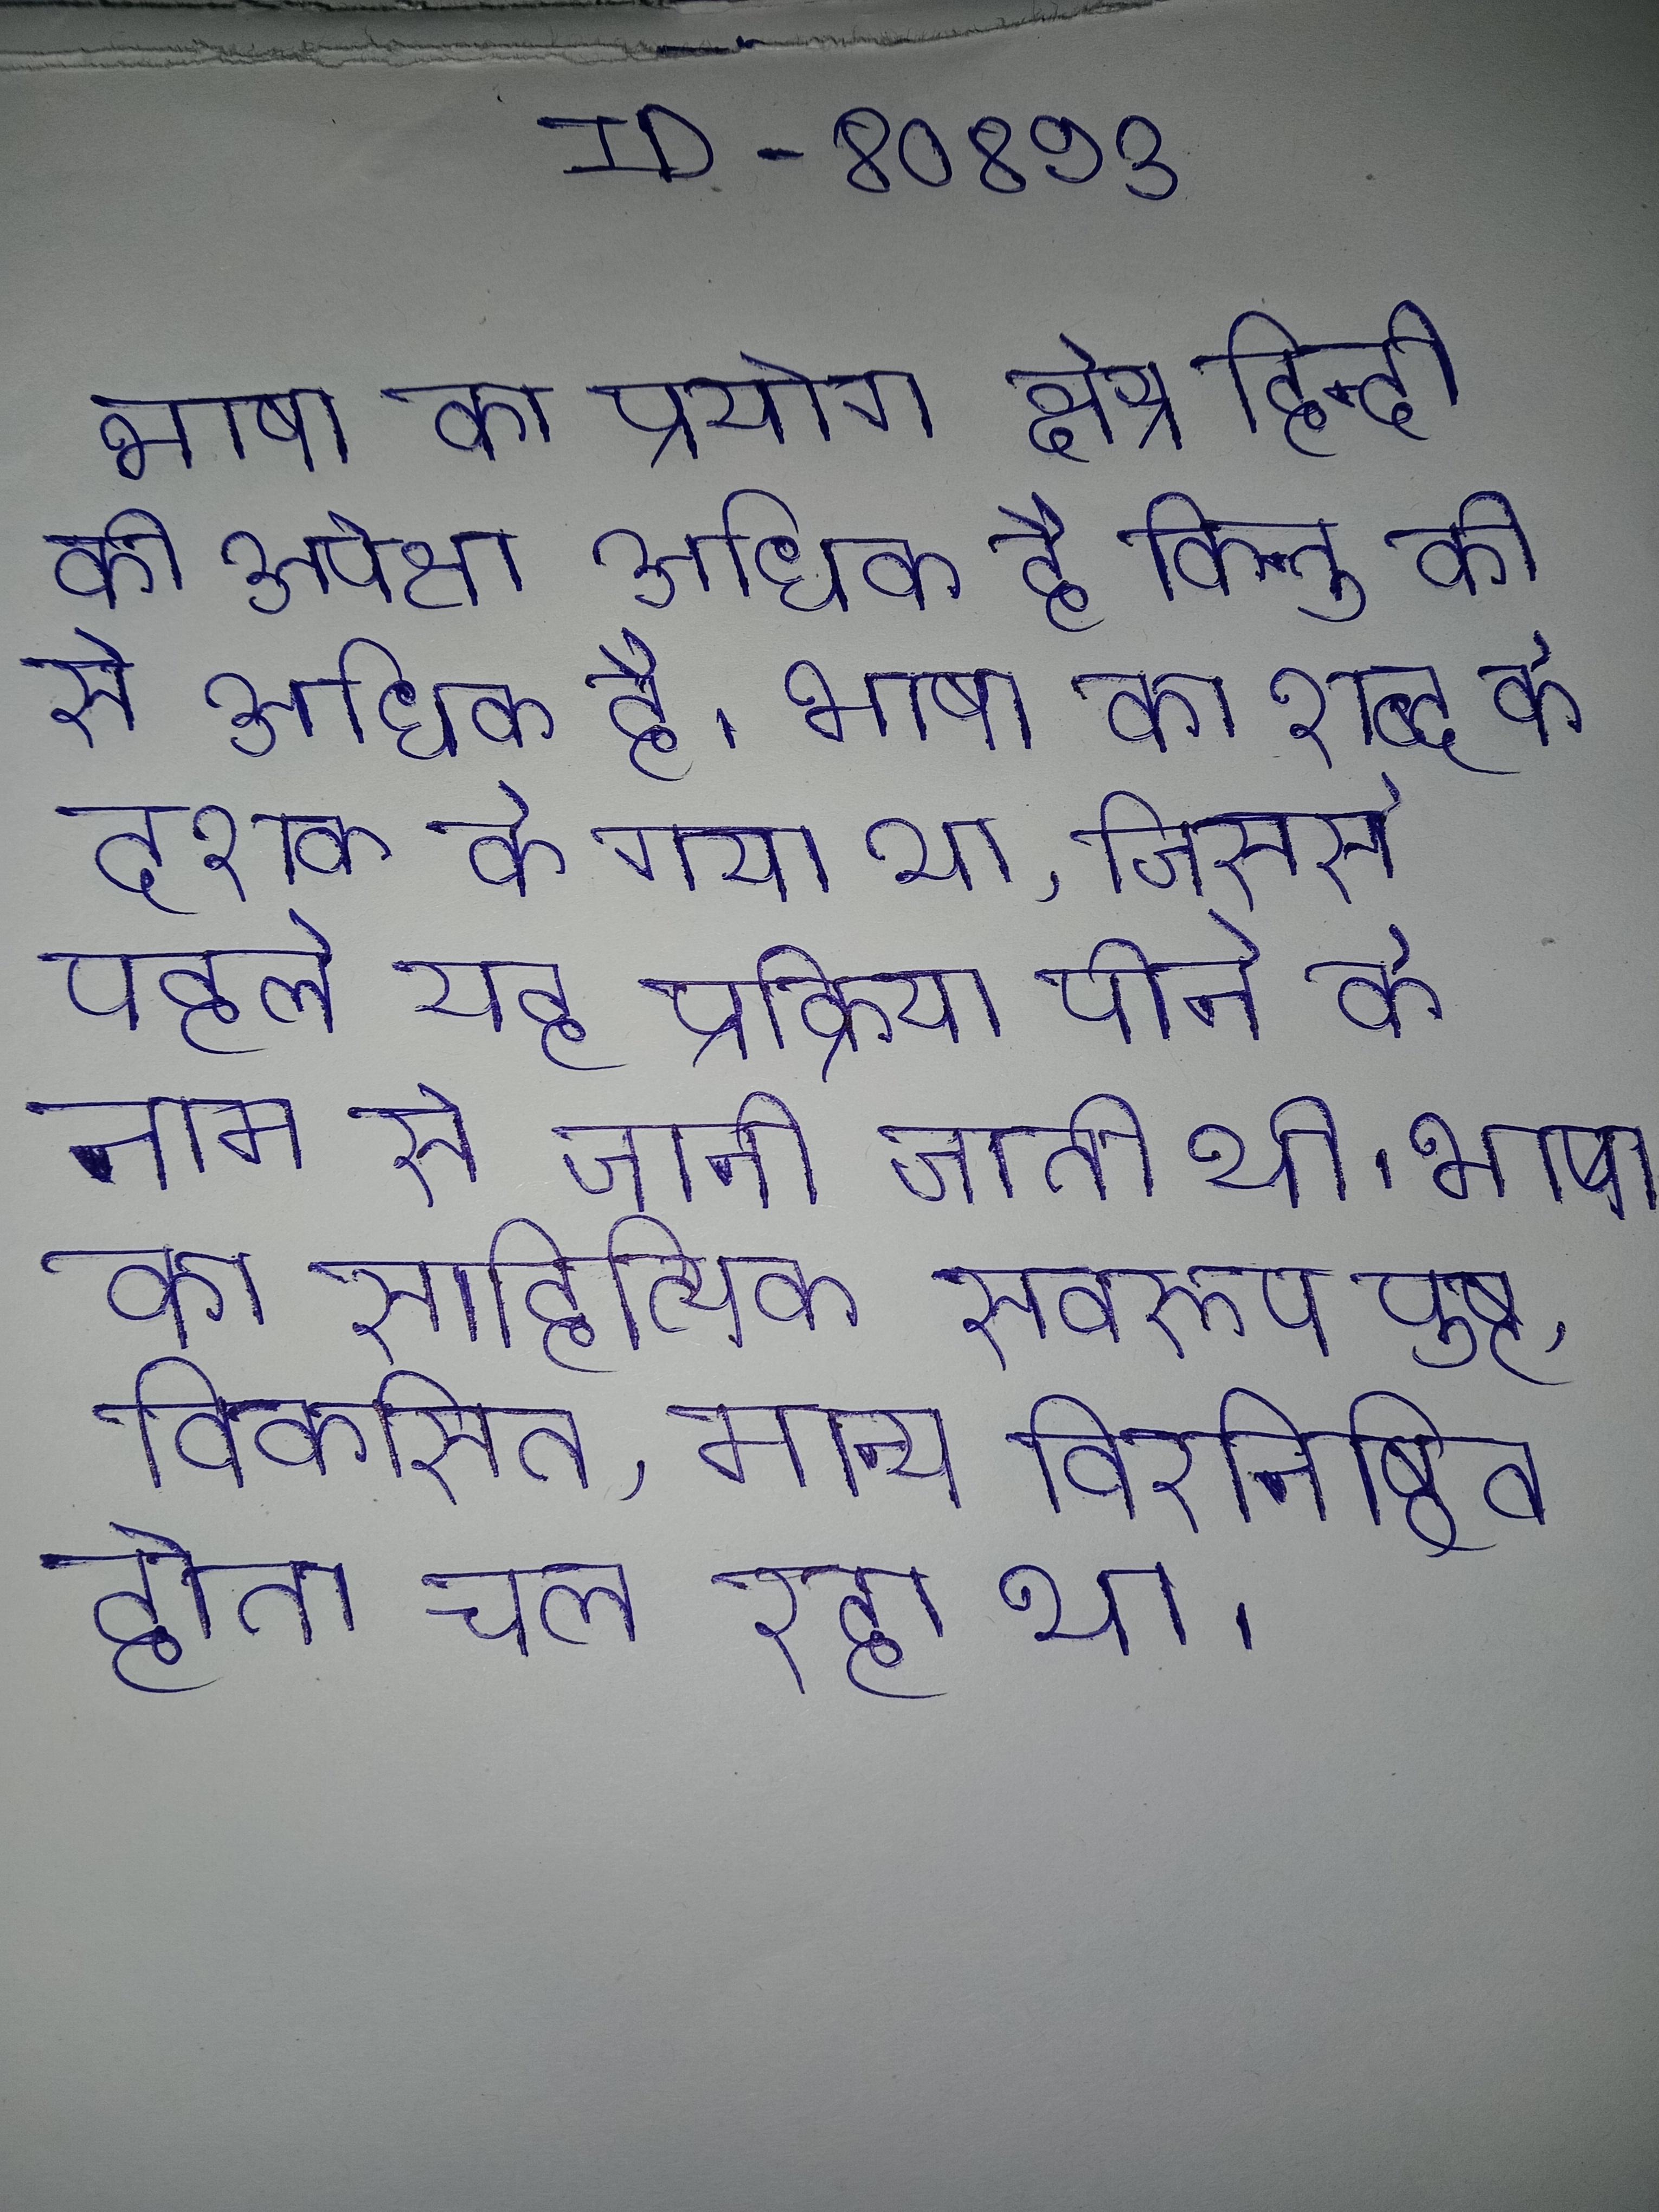
भाषा का प्रयोग क्षेत्र हिन्दी की अपेक्षा अधिक है किन्तु की से अधिक है । भाषा का शब्द के दशक के गया था, जिससे पहले यह प्रक्रिया पीने के नाम से जानी जाती थी । भाषा का साहित्यिक सवरूप पुष्ट, विकसित, मान्य विरनिष्ठित होता चल रहा था ।